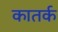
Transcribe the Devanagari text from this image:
कातर्क